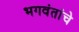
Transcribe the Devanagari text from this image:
भगवंतांचे